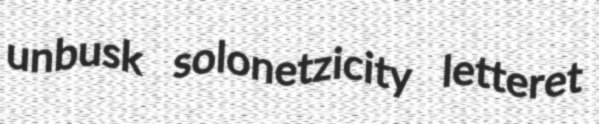
unbusk solonetzicity letteret